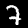
Digit: 7